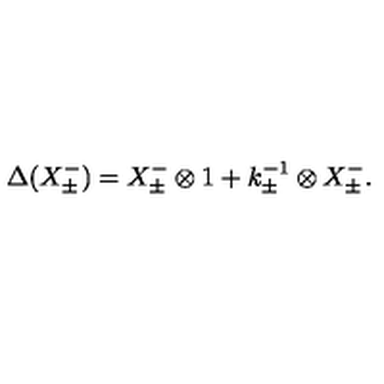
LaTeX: \Delta ( X _ { \pm } ^ { - } ) = X _ { \pm } ^ { - } \otimes 1 + k _ { \pm } ^ { - 1 } \otimes X _ { \pm } ^ { - } .